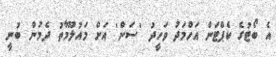
އެ ބޯޓުގެ ކެޕްޓަން އަހްމަދު ވަހީދު 'ސަން' އަށް މައުލޫމާތު ދެމުން ބުނީ